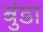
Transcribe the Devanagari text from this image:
बुंडा